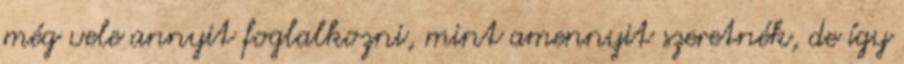
még vele annyit foglalkozni, mint amennyit szeretnék, de így